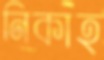
নিকাহ